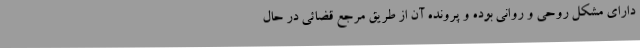
دارای مشکل روحی و روانی بوده و پرونده آن از طریق مرجع قضائی در حال